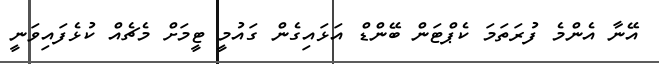
އޭނާ އެންމެ ފުރަތަމަ ކެޕްޓަން ބޭންޑް އަޅައިގެން ގައުމީ ޓީމަށް މެޗެއް ކުޅެފައިވަނީ